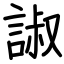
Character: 諔